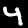
Label: 4